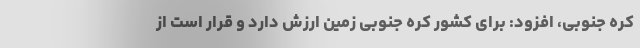
کره جنوبی، افزود: برای کشور کره جنوبی زمین ارزش دارد و قرار است از